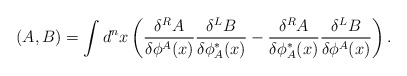
\begin{align*}(A,B)=\int d^n x \left( \frac{\delta^R {A}}{\delta \phi^A(x)}\frac{\delta^L {B}}{\delta \phi^*_A(x)}- \frac{\delta^R {A}}{\delta \phi^*_A(x)}\frac{\delta^L {B}}{\delta \phi^A(x)}\right).\end{align*}